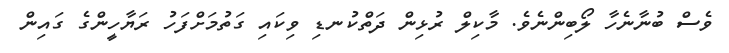
ވެސް ބުނާނެހާ ލޯބިންނެވެ. މާކިލް ރުޅިން ދަތްކުނޑި ވިކައި ގަތުމަށްފަހު ރަޔާހީންގެ ގައިން